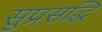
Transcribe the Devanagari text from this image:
सुप्रसद्धि